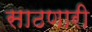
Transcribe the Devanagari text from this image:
साठणारी